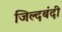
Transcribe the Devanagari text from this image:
जिल्दबंदी